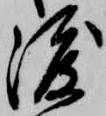
渡